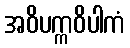
အဝိပက္ကဝိပါကံ